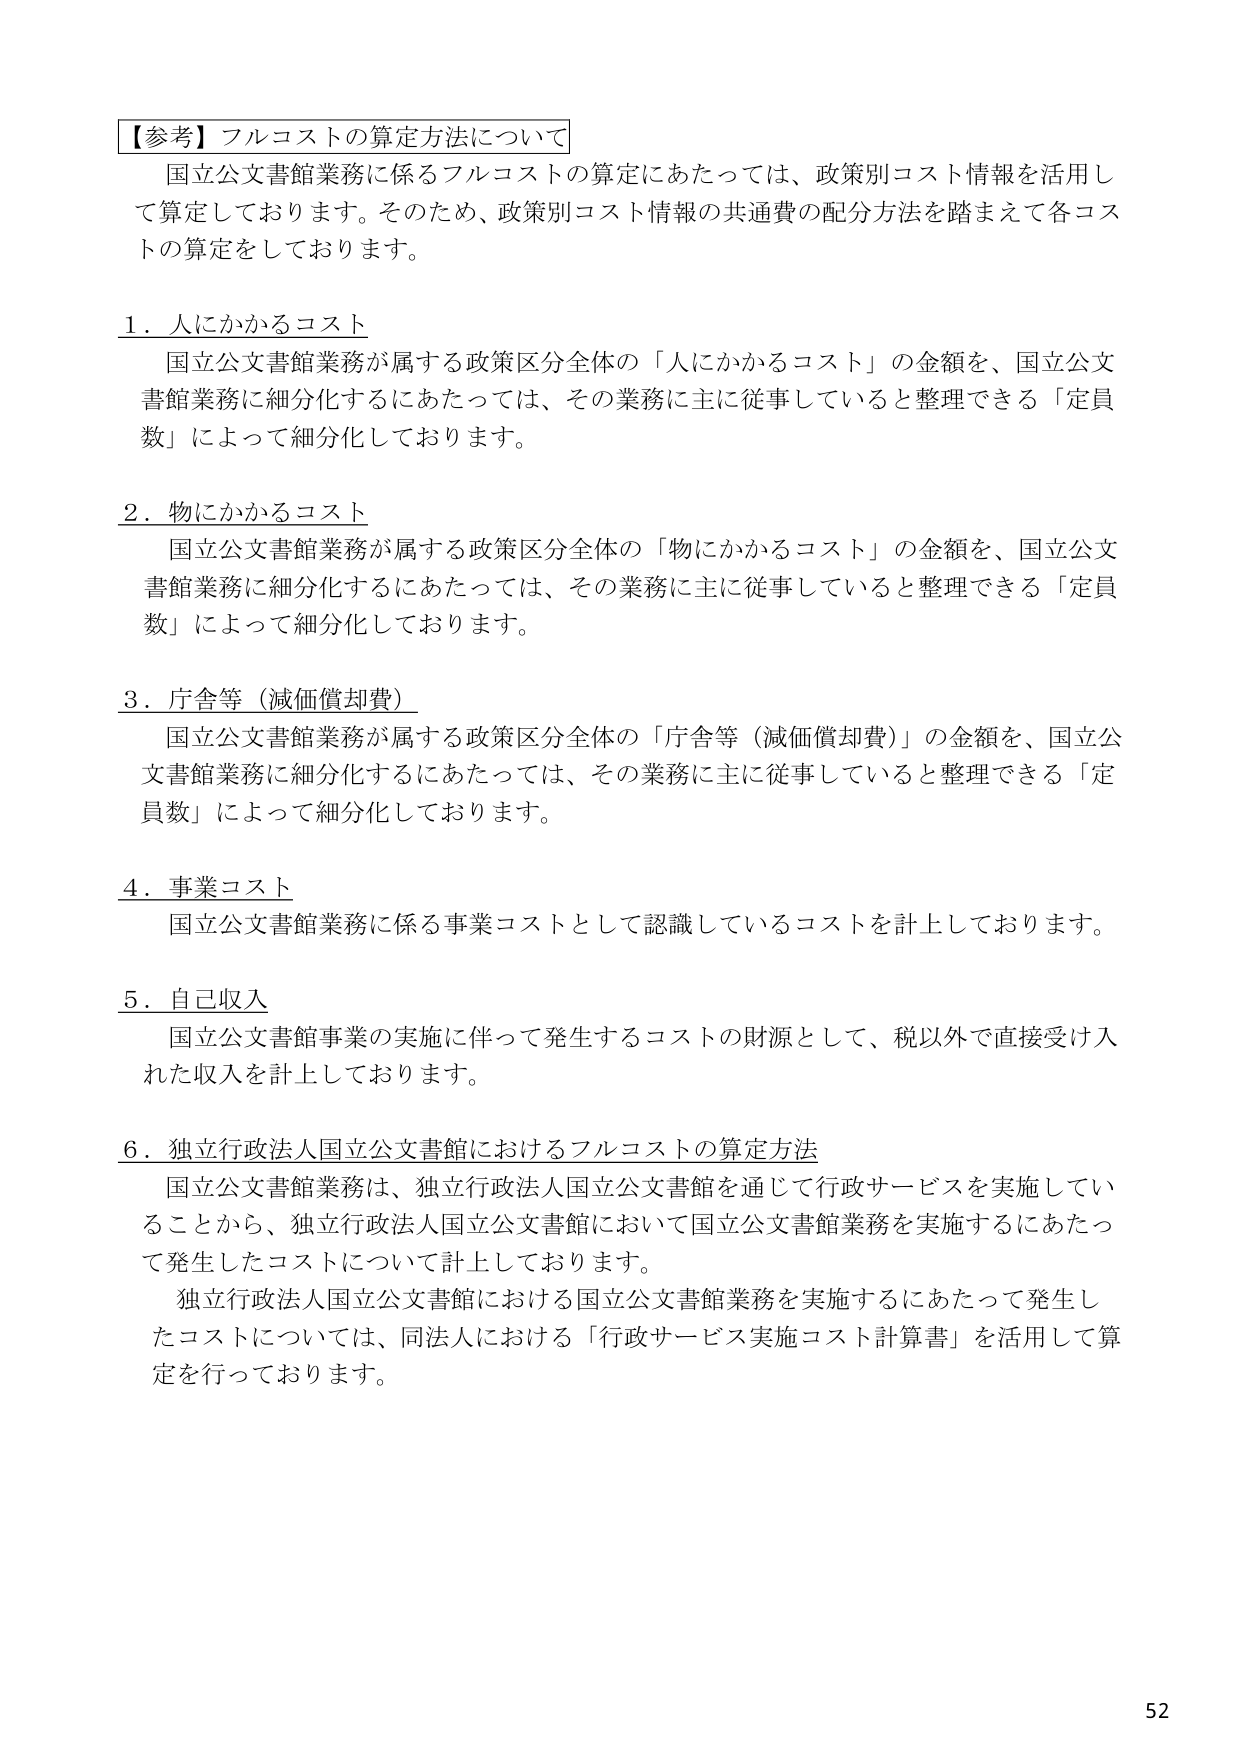
【参考】フルコストの算定方法について
国立公文書館業務に係るフルコストの算定にあたっては、政策別コスト情報を活用して算定しております。そのため、政策別コスト情報の共通費の配分方法を踏まえて各コストの算定をしております。

1．人にかかるコスト
国立公文書館業務が属する政策区分全体の「人にかかるコスト」の金額を、国立公文書館業務に細分化するにあたっては、その業務に主に従事していると整理できる「定員数」によって細分化しております。

2．物にかかるコスト
国立公文書館業務が属する政策区分全体の「物にかかるコスト」の金額を、国立公文書館業務に細分化するにあたっては、その業務に主に従事していると整理できる「定員数」によって細分化しております。

3．庁舎等（減価償却費）
国立公文書館業務が属する政策区分全体の「庁舎等（減価償却費）」の金額を、国立公文書館業務に細分化するにあたっては、その業務に主に従事していると整理できる「定員数」によって細分化しております。

4．事業コスト
国立公文書館業務に係る事業コストとして認識しているコストを計上しております。

5．自己収入
国立公文書館事業の実施に伴って発生するコストの財源として、税以外で直接受け入れた収入を計上しております。

6．独立行政法人国立公文書館におけるフルコストの算定方法
国立公文書館業務は、独立行政法人国立公文書館を通じて行政サービスを実施していることから、独立行政法人国立公文書館において国立公文書館業務を実施するにあたって発生したコストについて計上しております。
独立行政法人国立公文書館における国立公文書館業務を実施するにあたって発生したコストについては、同法人における「行政サービス実施コスト計算書」を活用して算定を行っております。

52